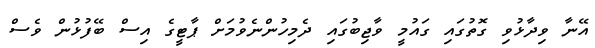
އޭނާ ވިދާޅުވި ގޮތުގައި ގައުމީ ވާޖިބުގައި ދެމިހުންނެވުމަށް ޕާޓީގެ އިސް ބޭފުޅުން ވެސް